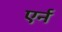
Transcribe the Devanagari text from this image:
एर्न